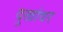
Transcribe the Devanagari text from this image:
दुखांवर